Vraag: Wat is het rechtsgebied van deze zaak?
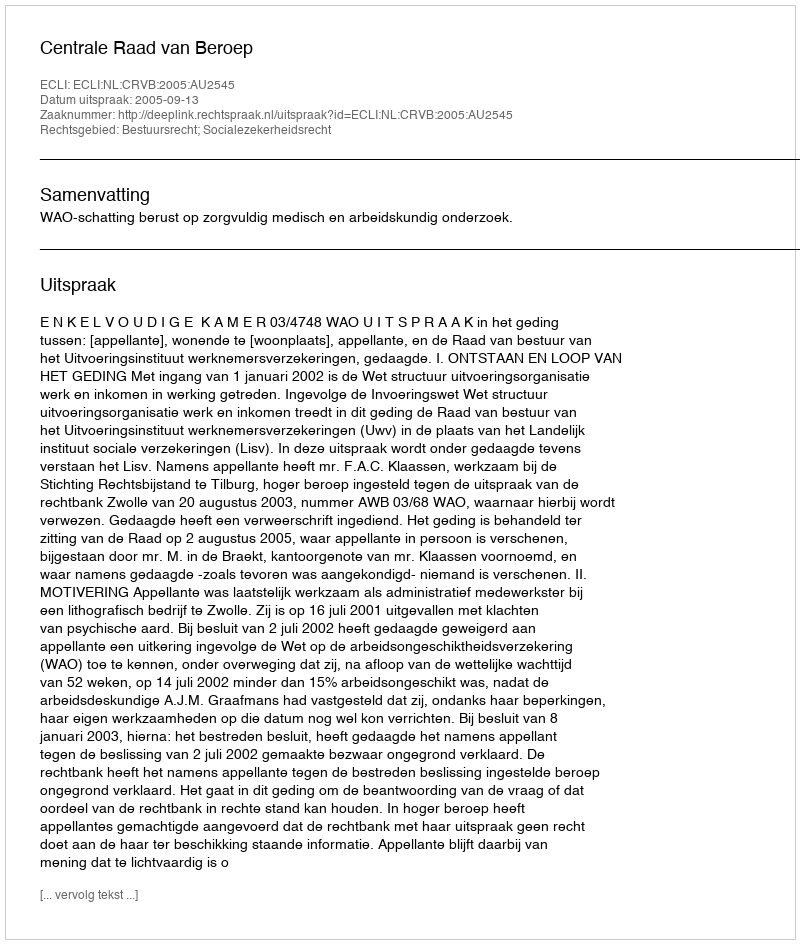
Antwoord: Bestuursrecht; Socialezekerheidsrecht